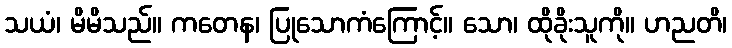
သယံ၊ မိမိသည်။ ကတေန၊ ပြုသောကံကြောင့်။ သော၊ ထိုခိုးသူကို။ ဟညတိ၊